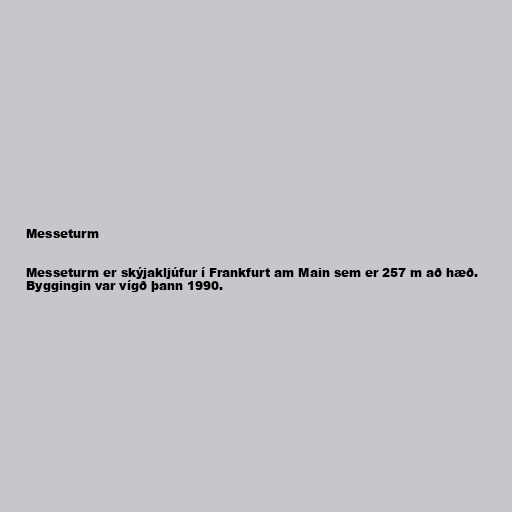
Messeturm

Messeturm er skýjakljúfur í Frankfurt am Main sem er 257 m að hæð.
Byggingin var vígð þann 1990.